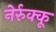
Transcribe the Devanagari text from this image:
नेर्रुक्कू